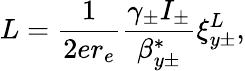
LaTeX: L=\frac{1}{2er_{e}}\frac{\gamma_{\pm}I_{\pm}}{\beta_{y\pm}^{*}}\xi_{y\pm}^{L},